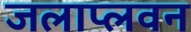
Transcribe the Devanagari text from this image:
जलाप्लवन